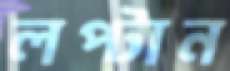
লপ্‌টান